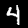
Label: 4